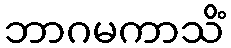
ဘာဂမကာသိံ